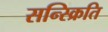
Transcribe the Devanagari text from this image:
सन्स्क्रिति